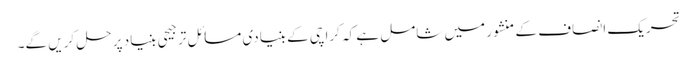
تحریک انصاف کے منشور میں شامل ہے کہ کراچی کے بنیادی مسائل ترجیحی بنیاد پر حل کریں گے۔